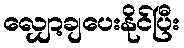
လျှော့ချပေးနိုင်ပြီး